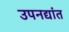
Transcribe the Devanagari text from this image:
उपनद्यांत